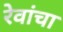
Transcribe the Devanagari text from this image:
रेवांचा